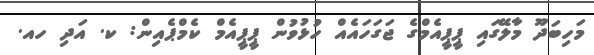
މަހިބަދޫ މާލޭގައި ޕީޕީއެމްގެ ޖަގަހައެއް ހުޅުވުން ޕީޕީއެމް ކެމްޕެއިން: ކ. އަދި ހއ.